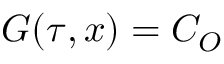
{ \cal G } ( \tau , x ) = C _ { \cal { O } }